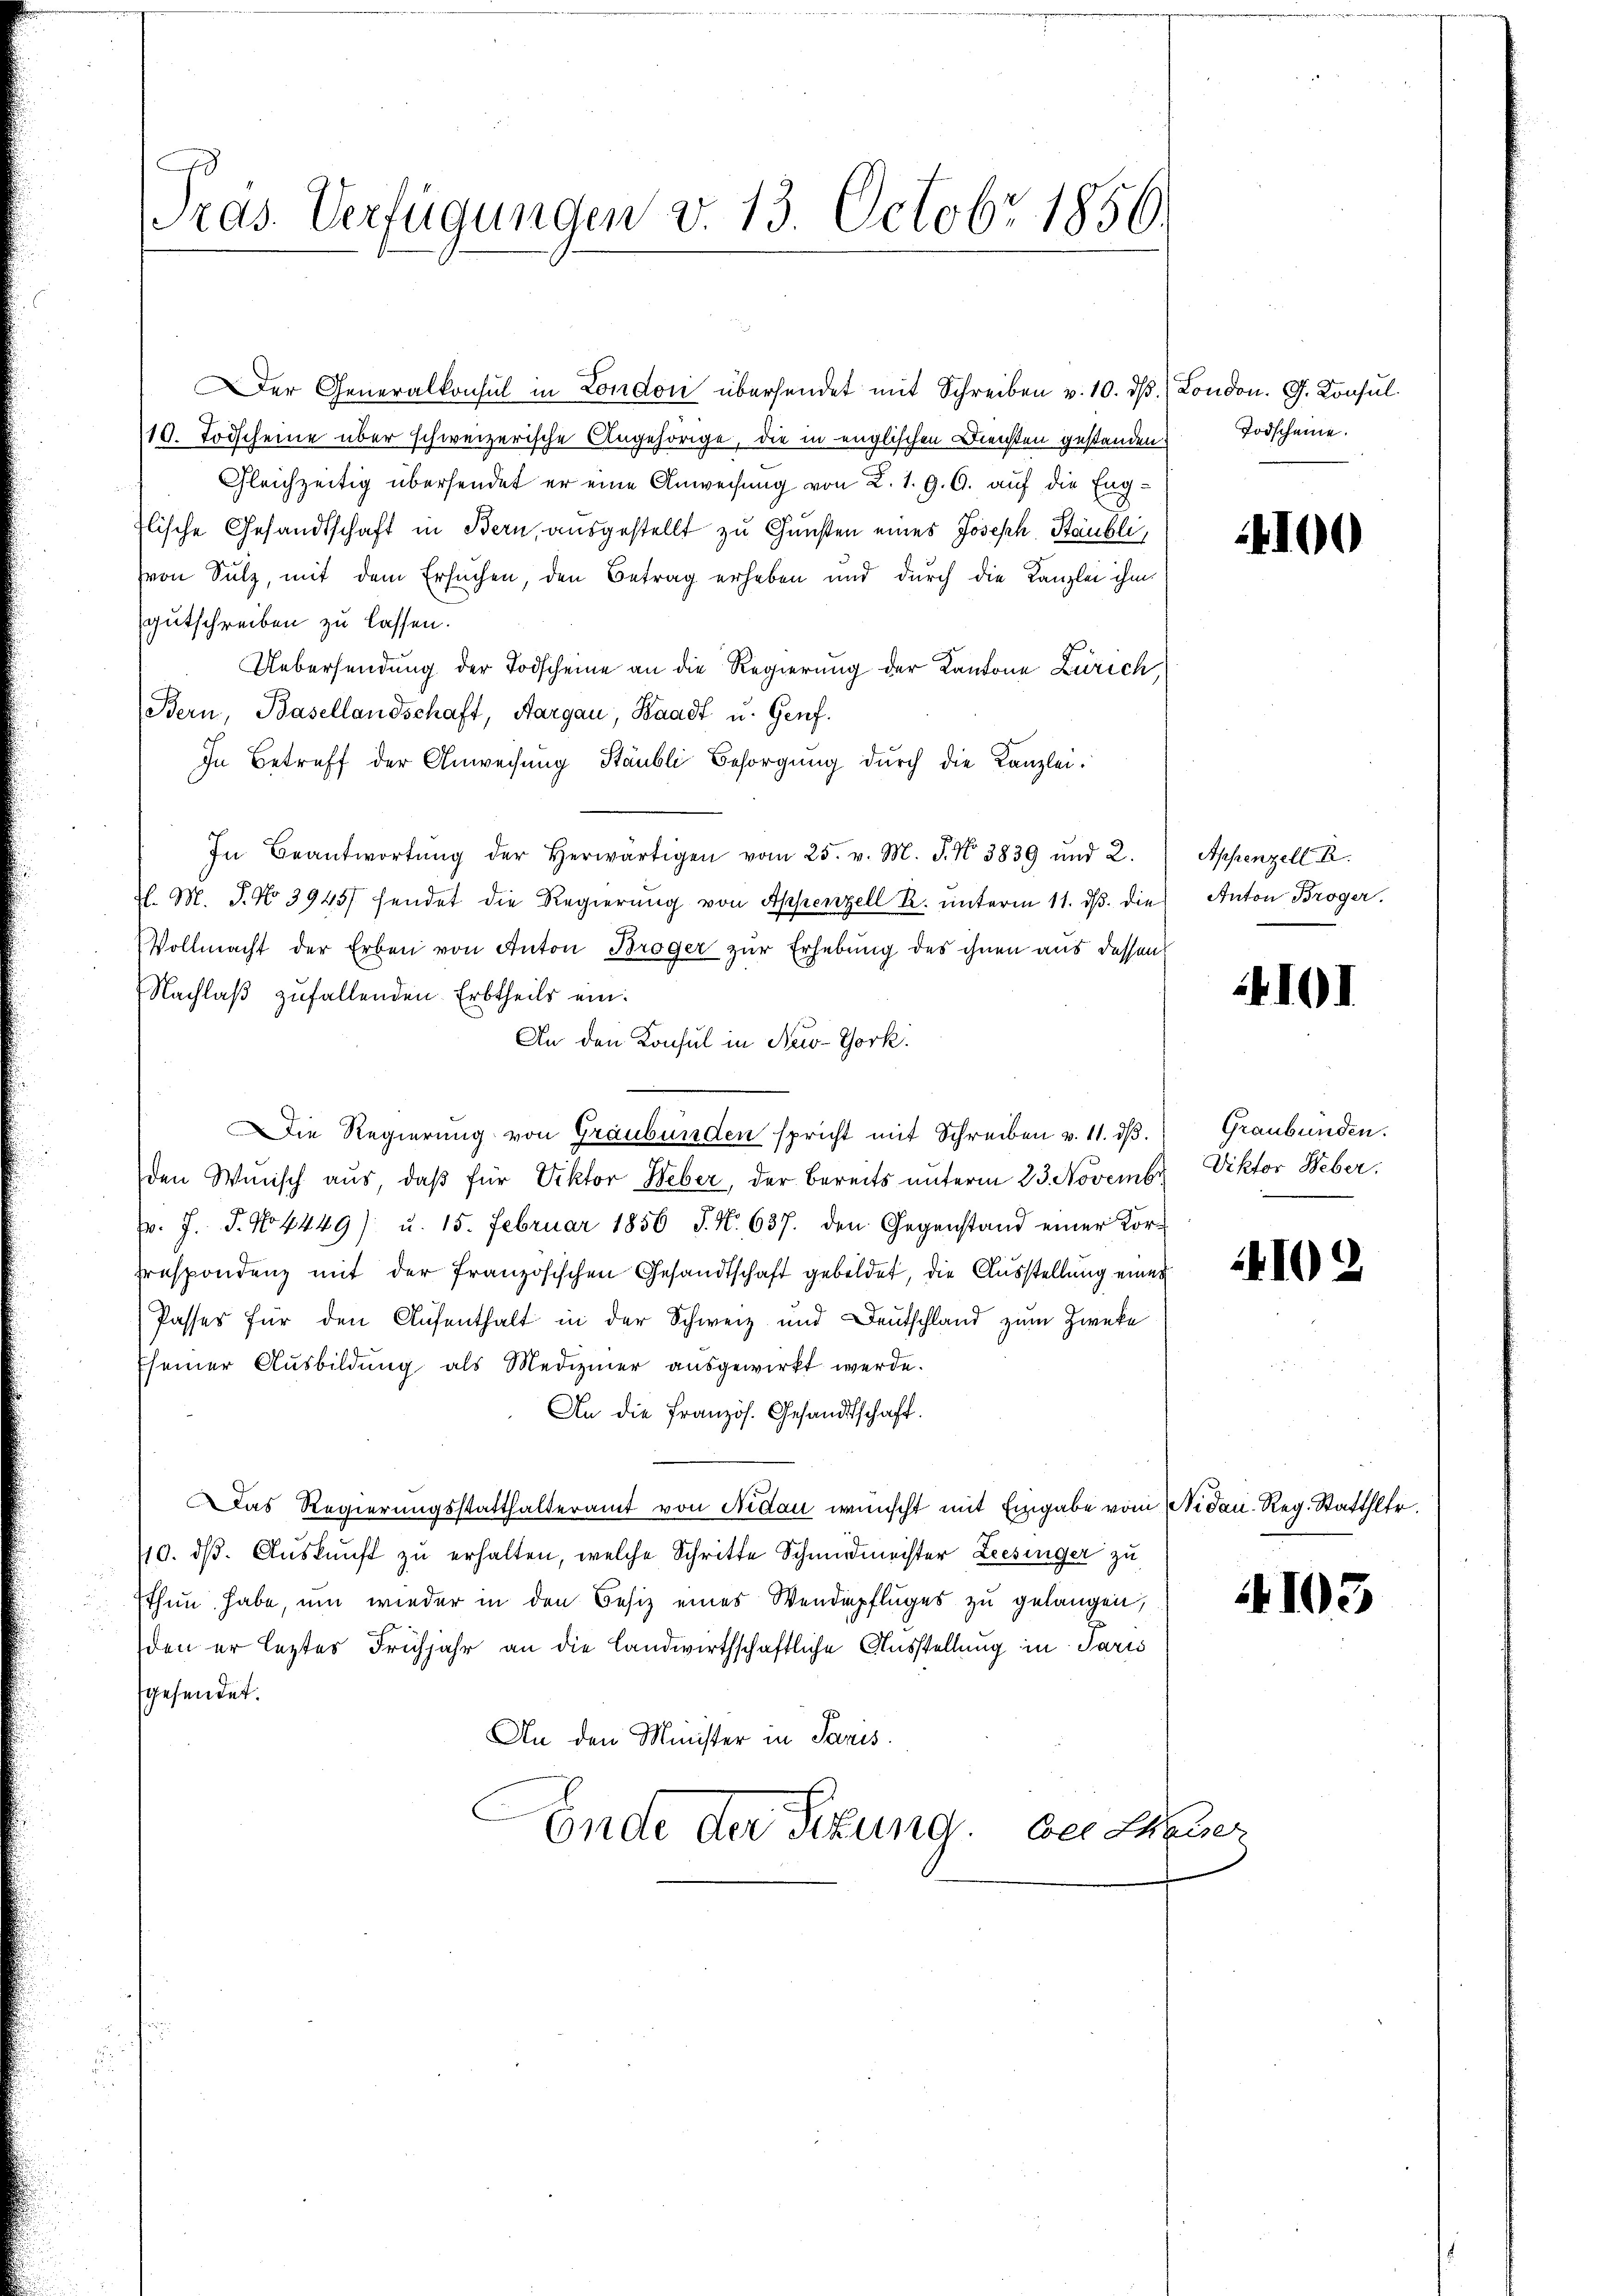
A
Tras. Verfügungen v. 13. Octobr 1856.

Der Generalkonsul in London übersendet mit Schreiben v. 10. dβ. London. G. Konsul
19. Todscheine über schweizerische Angehörige, die in englischen Diensten gestanden Todscheine.
Gleichzeitig übersendet er eine Anweisung von 2. 1. 9. G. auf die Eng¬
Ilische Gesandtschaft in Bern, ausgestellt zu Gunsten eines Joseph Stäubli,
von Sulz, mit dem Ersuchen, den Betrag erheben und durch die Kanzlei ihm
gutschreiben zu lassen.
Uebersendung der Todscheine an die Regierung der Kantone Zürich,
Bern, Basellandschaft, Aargau, Waadt u. Genf.
In Betreff der Anweisung Stäubli Besorgung durch die Kanzlei.
In Beantwortŭng der herwärtigen vom 25. v. M. J. No 3839 und 2.
H. M. P. No 3945/ sendet die Regierung von Appenzell R. unterm 11. dβ. die Anton Broger.
Vollmacht der Erben von Anton Broger zur Erhebung des ihnen aus dessen
Nachlaß zufallenden Erbtheils ein:
An den Konsul in New-York
Die Regierung von Graubünden spricht mit Schreiben v. 11. dβ.
den Winisch aus, daß für Viktor Weber, der bereits unterm 23. Novembr
pr. J. J. No 4449/ u. 15. Februar 1856 J. N. 637. den Gegenstand einer Kor¬
Trespondenz mit der französischen Gesandtschaft gebildet, die Ausstellung eines
Passes für den Aufenthalt in der Schweiz und Deutschland zum Zwecke
seiner Ausbildung als Mediziner ausgewirkt werde.
An die Französ. Gesandtschaft.
Das Regierungsstatthalteramt von Nidau wünscht mit Eingabe vom Nidau. Reg. Statthlr.
110. ds. Auskunft zu erhalten, welche Schritte Schmiedmeister Leesinger zu
thun habe, um wieder in den Besiz eines Wendepfluges zu gelangen,
den er leztes Frühjahr an die Landwirthschaftliche Ausstellung in Paris
gesendet.
An den Minister in Paris.
Ende der Sitzung. Der Mauer

4100

Appenzell A.

4101

Graubünden.
Viktor Weber:

4102

4103